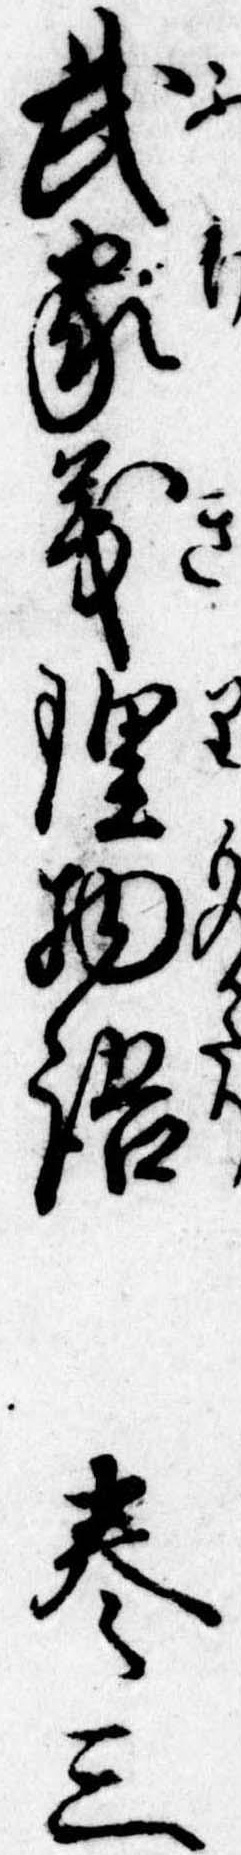
武家義理物語巻三